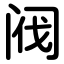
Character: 阀